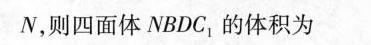
N，则四面体NBDC_{1}的体积为